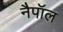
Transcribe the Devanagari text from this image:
नैपॉल